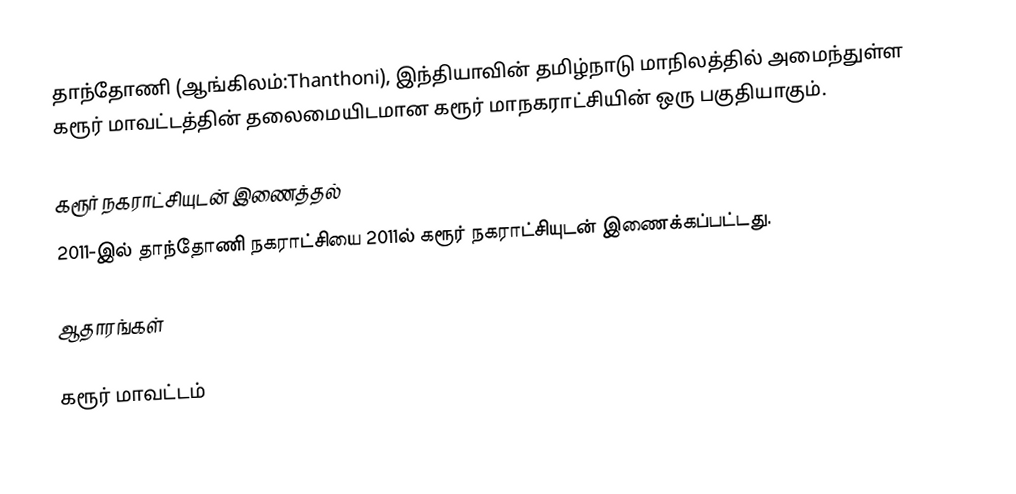
தாந்தோணி (ஆங்கிலம்:Thanthoni), இந்தியாவின் தமிழ்நாடு மாநிலத்தில் அமைந்துள்ள கரூர் மாவட்டத்தின் தலைமையிடமான கரூர் மாநகராட்சியின் ஒரு பகுதியாகும்.

கரூர் நகராட்சியுடன் இணைத்தல்
2011-இல் தாந்தோணி நகராட்சியை 2011ல் கரூர்  நகராட்சியுடன் இணைக்கப்பட்டது.

ஆதாரங்கள்

கரூர் மாவட்டம்